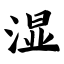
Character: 湿